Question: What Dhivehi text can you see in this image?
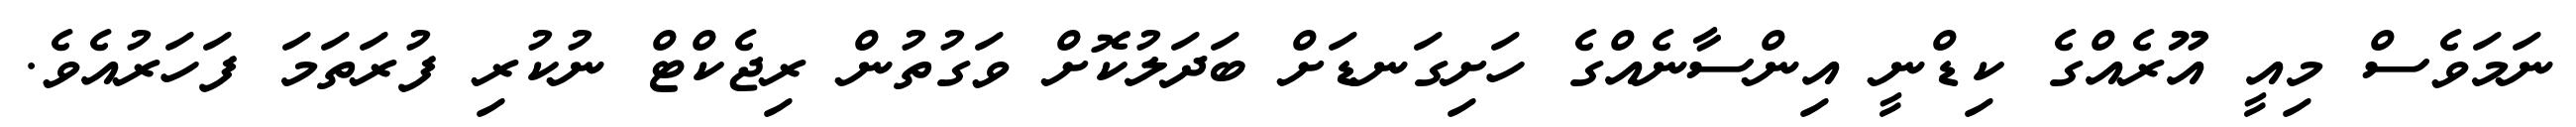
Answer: ނަމަވެސް މިއީ އޫރެއްގެ ކިޑްނީ އިންސާނެއްގެ ހަށިގަނޑަށް ބަދަލުކޮށް ވަގުތުން ރިޖެކްޓް ނުކުރި ފުރަތަމަ ފަހަރުއެވެ.